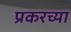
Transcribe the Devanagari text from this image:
प्रकरच्या